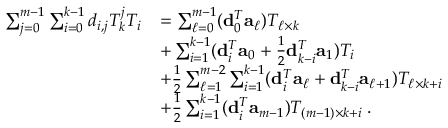
\begin{array} { r l } { \sum _ { j = 0 } ^ { m - 1 } \sum _ { i = 0 } ^ { k - 1 } d _ { i , j } T _ { k } ^ { j } T _ { i } } & { = \sum _ { \ell = 0 } ^ { m - 1 } ( { \bf d } _ { 0 } ^ { T } { \bf a } _ { \ell } ) T _ { \ell \times k } } \\ & { + \sum _ { i = 1 } ^ { k - 1 } ( { \bf d } _ { i } ^ { T } { \bf a } _ { 0 } + \frac { 1 } { 2 } { \bf d } _ { k - i } ^ { T } { \bf a } _ { 1 } ) T _ { i } } \\ & { + \frac { 1 } { 2 } \sum _ { \ell = 1 } ^ { m - 2 } \sum _ { i = 1 } ^ { k - 1 } ( { \bf d } _ { i } ^ { T } { \bf a } _ { \ell } + { \bf d } _ { k - i } ^ { T } { \bf a } _ { \ell + 1 } ) T _ { \ell \times k + i } } \\ & { + \frac { 1 } { 2 } \sum _ { i = 1 } ^ { k - 1 } ( { \bf d } _ { i } ^ { T } { \bf a } _ { m - 1 } ) T _ { ( m - 1 ) \times k + i } \; . } \end{array}